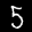
Label: 5